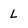
Character: l